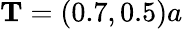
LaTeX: \textbf{T}=(0.7,0.5)a